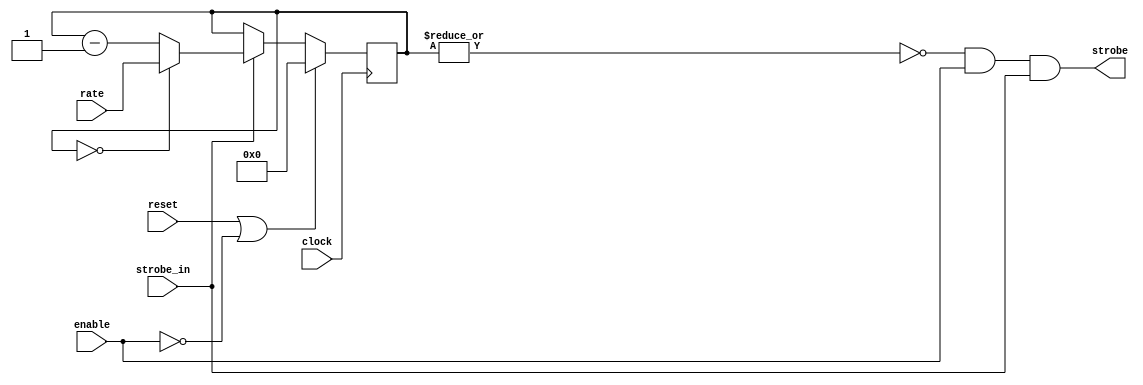
module strobe_gen 
  ( input clock,
    input reset,
    input enable,
    input [7:0] rate, 
    input strobe_in,
    output wire strobe );
   reg [7:0] counter;
   assign strobe = ~|counter && enable && strobe_in;
   always @(posedge clock)
     if(reset | ~enable)
       counter <= #1 8'd0;
     else if(strobe_in)
       if(counter == 0)
	 counter <= #1 rate;
       else 
	 counter <= #1 counter - 8'd1;
endmodule